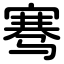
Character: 骞